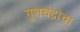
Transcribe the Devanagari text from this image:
गुणचंद्रांचा